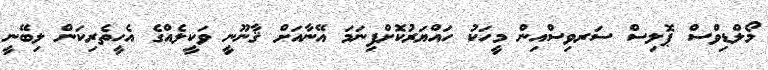
މޯލްޑިވްސް ޕޮލިސް ސަރވިސްއިން މީހަކު ހައްޔަރުކޮށްފިނަމަ އޭނާއަށް ޤާނޫނީ ވަކީލެއްގެ އެހީތެރިކަން ލިބޭނީ